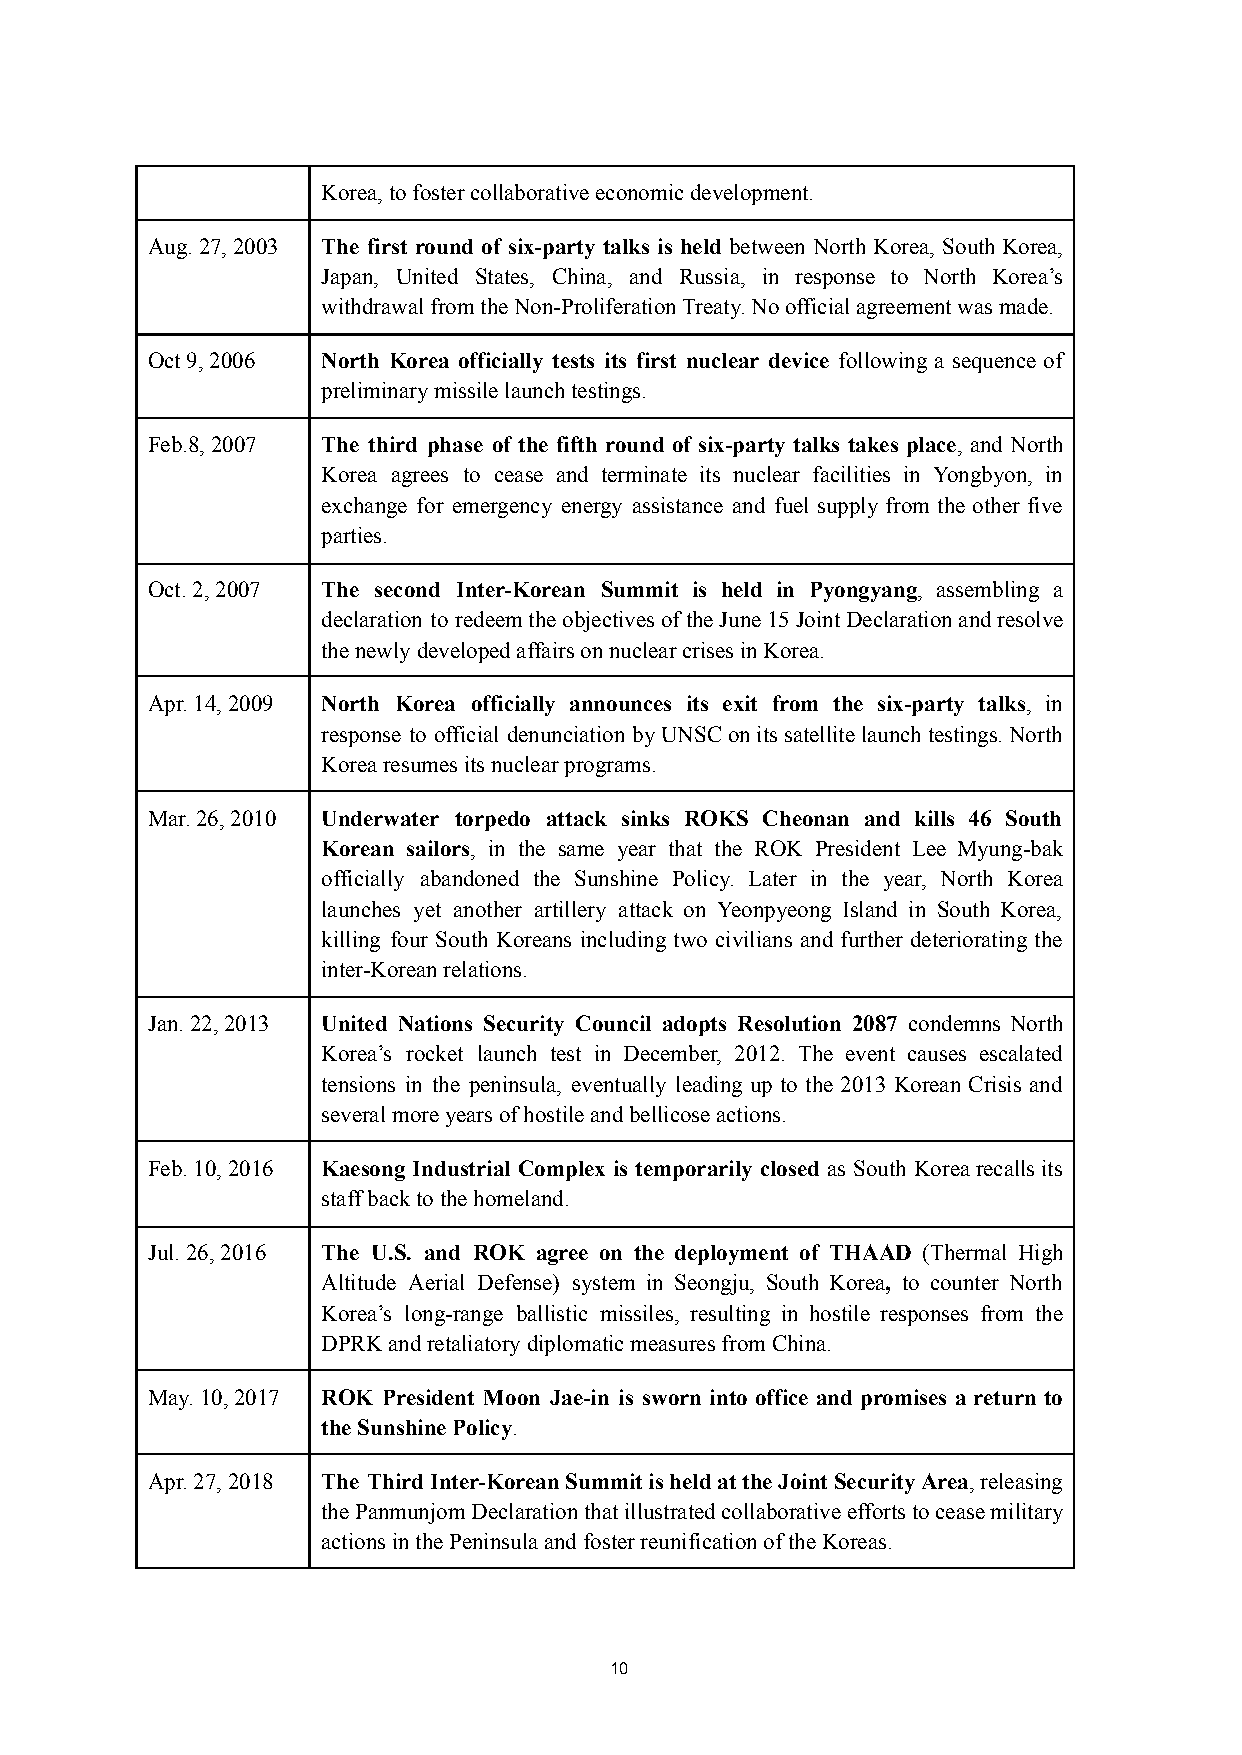
Korea, to foster collaborative economic development.
 Aug. 27, 2003 The first round of six-party talks is held between North Korea, SouthKorea,
 Japan, United States, China, and Russia, in response to North Korea’s
 withdrawal from the Non-Proliferation Treaty. No official agreement was made.
 Oct 9, 2006 North Korea officially tests its first nuclear device following a sequence of
 preliminary missile launch testings.
 Feb.8, 2007 The third phase of the fifth round of six-party talks takes place, and North
 Korea agrees to cease and terminate its nuclear facilities in Yongbyon, in
 exchange for emergency energy assistance and fuel supply from the other five
 parties.
 Oct. 2, 2007 The second Inter-Korean Summit is held in Pyongyang, assembling a
 declaration to redeemtheobjectivesoftheJune15JointDeclarationandresolve
 the newly developed affairs on nuclear crises in Korea.
 Apr. 14, 2009 North Korea officially announces its exit from the six-party talks, in
 response to official denunciation byUNSConitssatellitelaunchtestings.North
 Korea resumes its nuclear programs.
 Mar. 26, 2010 Underwater torpedo attack sinks ROKS Cheonan and kills 46 South
 Korean sailors, in the same year that the ROK President Lee Myung-bak
 officially abandoned the Sunshine Policy. Later in the year, North Korea
 launches yet another artillery attack on Yeonpyeong Island in South Korea,
 killing four South Koreans including two civilians and further deteriorating the
 inter-Korean relations.
 Jan. 22, 2013 United Nations Security Council adopts Resolution 2087 condemns North
 Korea’s rocket launch test in December, 2012. The event causes escalated
 tensions in the peninsula, eventually leading up to the 2013 Korean Crisis and
 several more years of hostile and bellicose actions.
 Feb. 10, 2016 Kaesong Industrial Complex is temporarily closed as South Korearecallsits
 staff back to the homeland.
 Jul. 26, 2016 The U.S. and ROK agree on the deployment of THAAD (Thermal High
 Altitude Aerial Defense) system in Seongju, South Korea, to counter North
 Korea’s long-range ballistic missiles, resulting in hostile responses from the
 DPRK and retaliatory diplomatic measures from China.
 May. 10, 2017 ROK President Moon Jae-in is sworn into office and promises a return to
 the Sunshine Policy.
 Apr. 27, 2018 The ThirdInter-KoreanSummitisheldattheJointSecurityArea,releasing
 thePanmunjomDeclarationthatillustratedcollaborativeeffortstoceasemilitary
 actions in the Peninsula and foster reunification of the Koreas.
 10